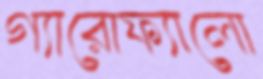
গ্যারোফ্যালো